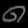
Digit: ၈